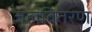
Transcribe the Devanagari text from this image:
जलवितरण